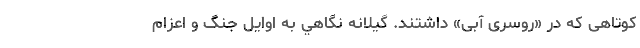
کوتاهی که در «روسری آبی» داشتند. گيلانه نگاهي به اوايل جنگ و اعزام